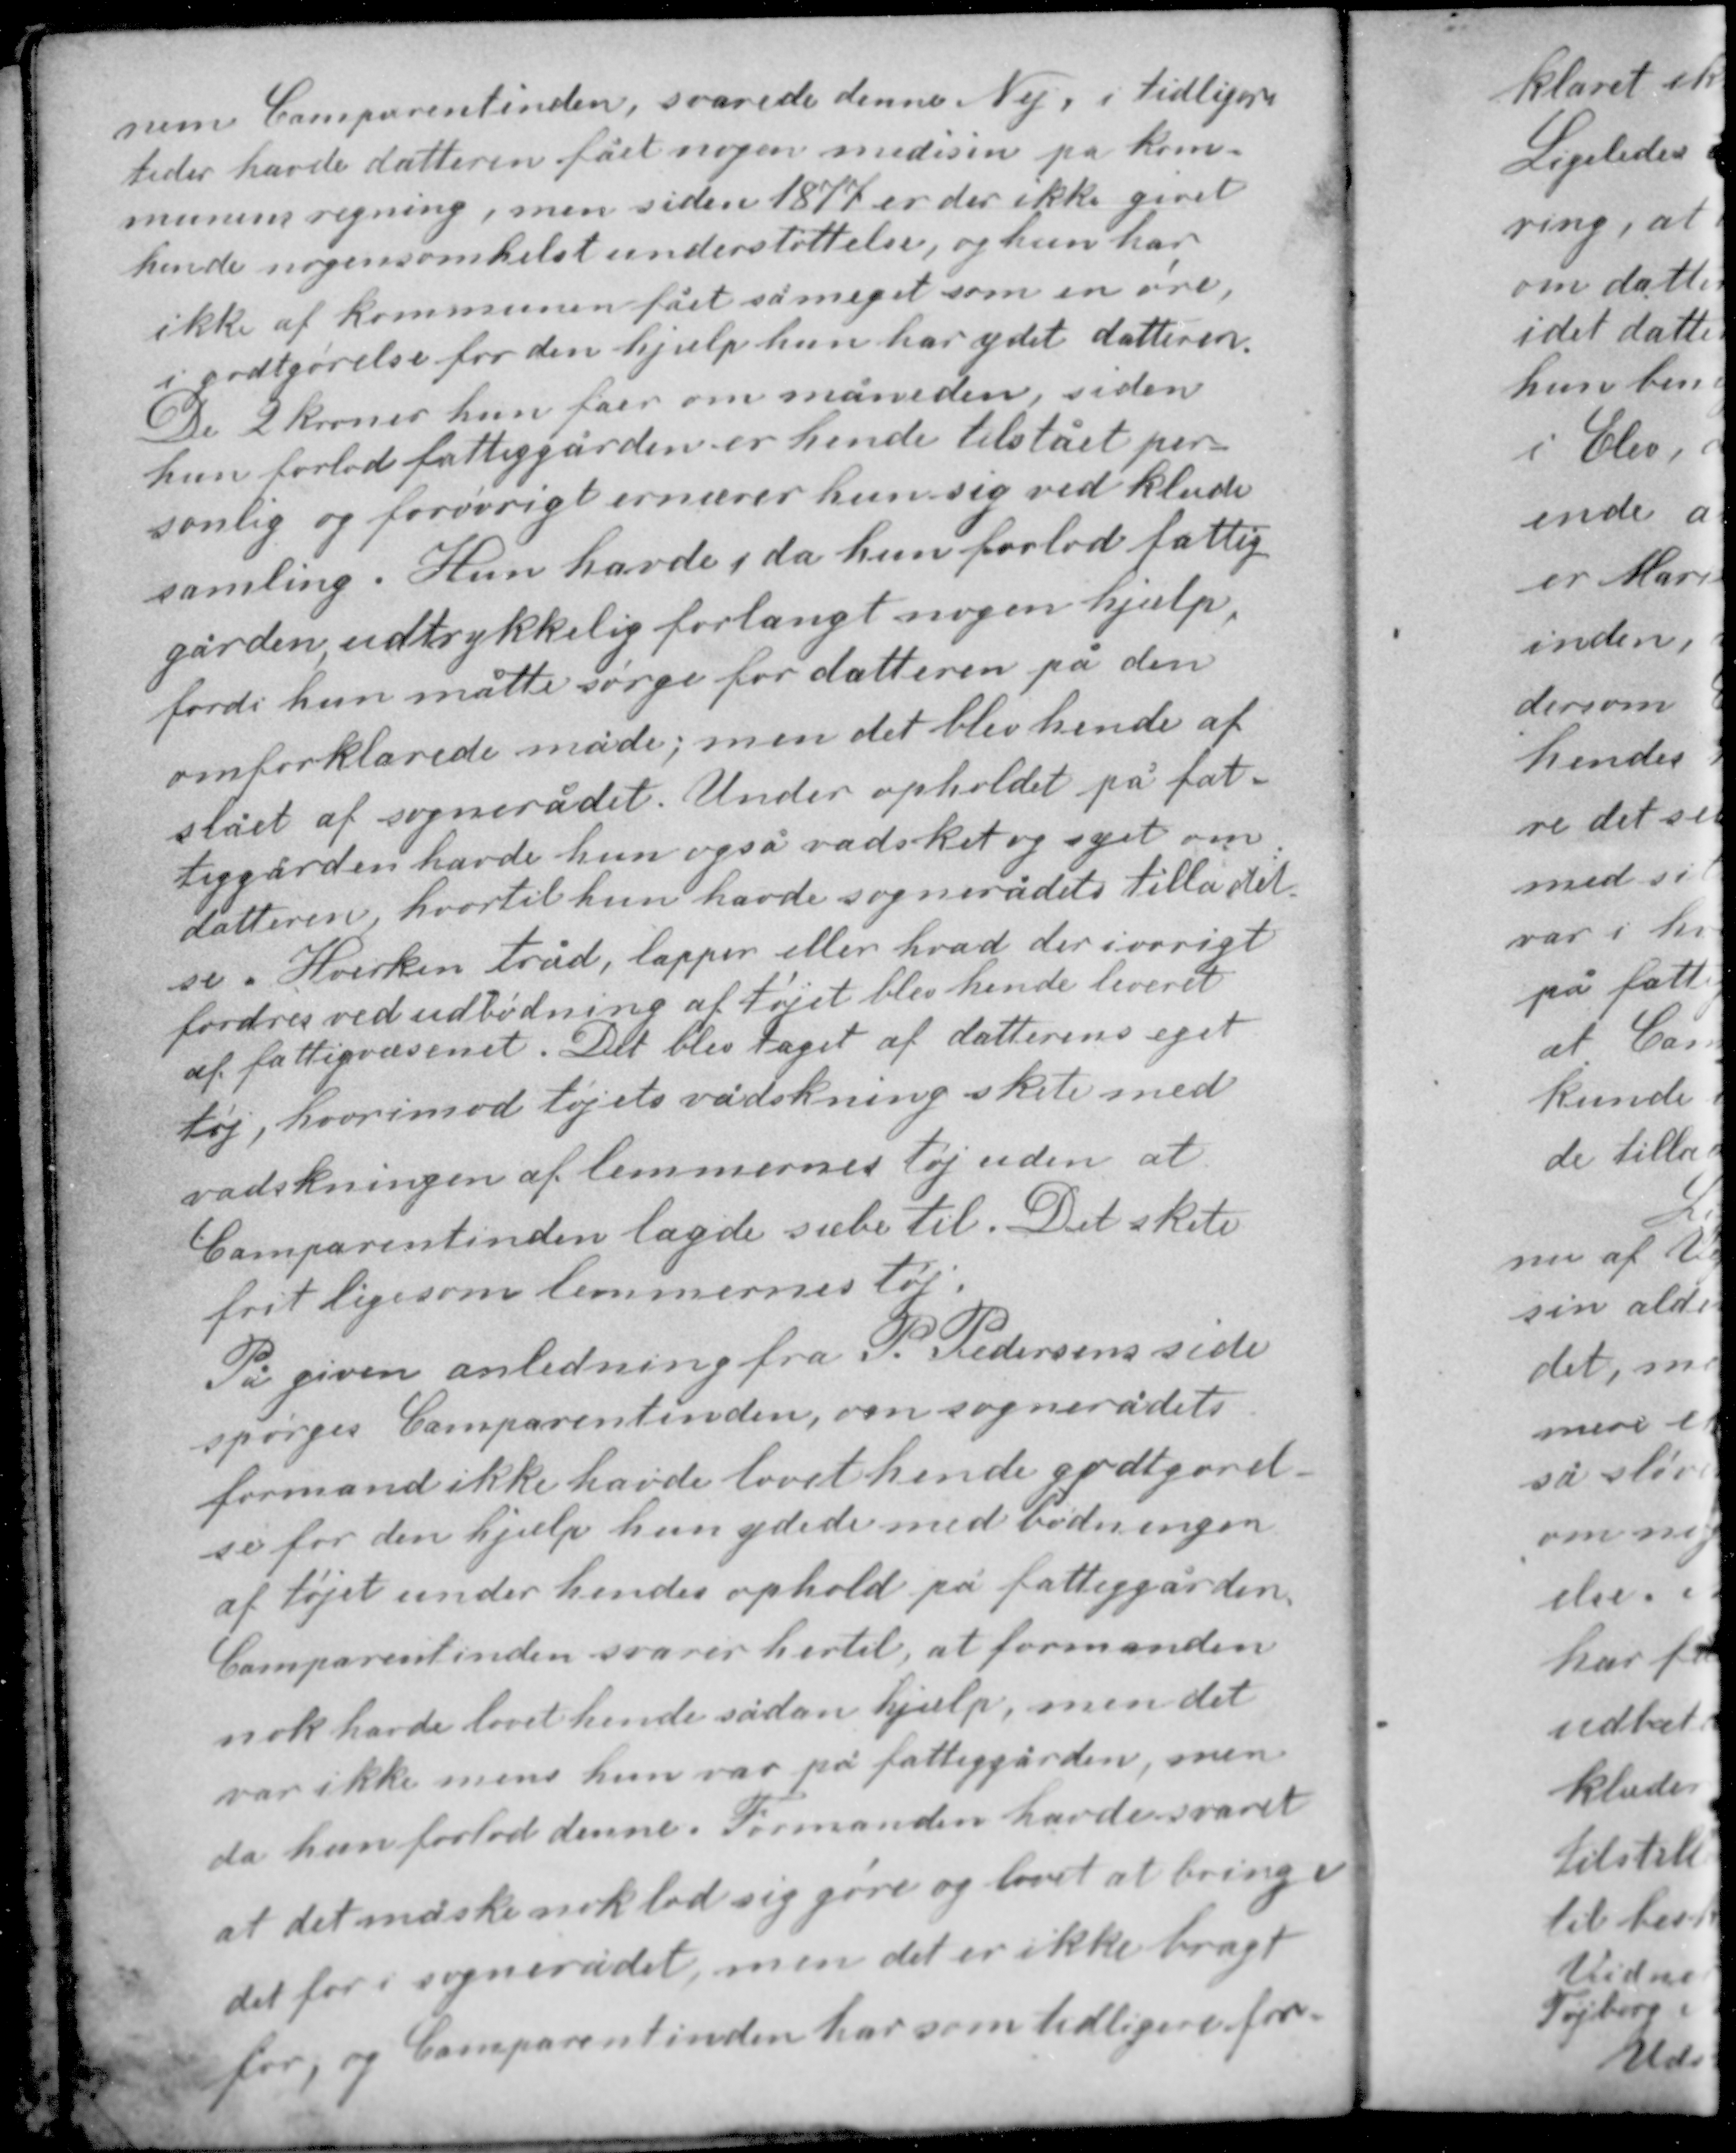
Transskription:
nem Comparentinden, svarede denne Nej, i tidligere
tider havde datteren fået nogen medisin på kom-
munens regning, men siden 1877 er der ikke givet
hende nogensomhelst understøttelse, og hun har
ikke af kommunen fået så meget som en øre
i godtgørelse for den hjælp hun har ydet datteren.
De 2 kroner hun fåer om måneden , siden
hun forlod fattiggården er hende tilstået per-
sonlig og forøvrigt ernærer hun sig ved klude
samling. Hun havde, da hun forlod fattig
gården udtrykkelig forlangt nogen hjælp
fordi hun måtte sørge for datteren på den

omforklarede måde; men det blev hende af-
slået af sognerådet. Under opholdet på fat-
tiggården havde hun også vadsket og eget om
datteren hvortil hun havde sognerådets tilladel-
se. Hverken tråd, lapper eller hvad der iøvrigt
fordres ved udbedring af tøjet blev hende leveret
af fattigvæsenet. Det blev taget af datterens eget
tøj, hvorimod tøjets vadskning skete med
vadskningen af lemmernes tøj uden at
Comparentinden lagde sæbe til. Det skete
frit ligesom lemmernes tøj.

På given anledning fra P. Pedersens side
spørges Comparentinden, om sognerådets
formand ikke havde lovet hende godtgørel-
se for den hjælp hun ydede med bodningen
af tøjet under hendes ophold på fattiggården.
Coparentinden svarer hertil, at formanden
nok havde lovet hende sådan hjælp, men det
var ikke mens hun var på fattiggården, men
da hun forlod denne. Formanden havde svaret
at det måske nok lod sig gøre og lovet at bringe
det for sognerådet, men det er ikke bragt
for, og Comparentinden har som tidligere for-